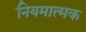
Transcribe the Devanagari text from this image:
नियमात्मक